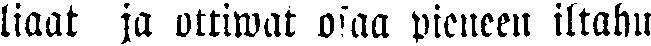
liaat ja ottiwat osaa pieneen iltahu